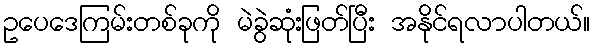
ဥပေဒေကြမ်းတစ်ခုကို မဲခွဲဆုံးဖြတ်ပြီး အနိုင်ရလာပါတယ်။